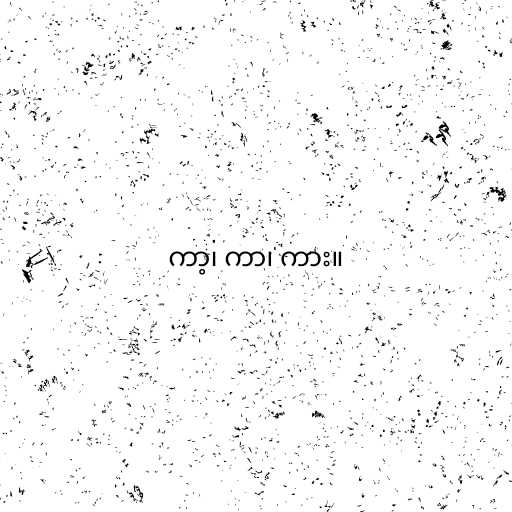
ကာ့၊ ကာ၊ ကား။